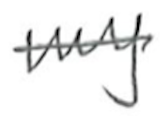
Text: my
Cross-out: single-line
Writing tool: pencil